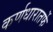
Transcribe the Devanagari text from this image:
कर्णधारातर्फे